Leaving Certificate Examination (including Day School Certificate (Higher) General paper), 1937
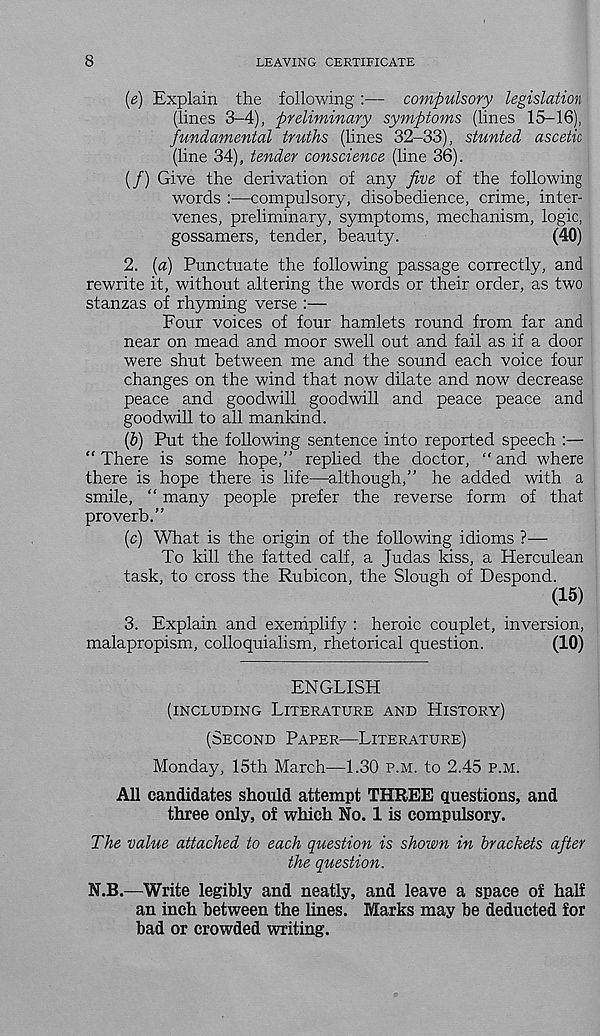
8
LEAVING CERTIFICATE
(e) Explain the following:— compulsory legislation
(lines 3-4), preliminary symptoms (lines 15-16),
fundamental truths (lines 32-33), stunted ascetic
(line 34), tender conscience (line 36).
(/) Give the derivation of any Jive of the following
words :—compulsory, disobedience, crime, inter-
venes, preliminary, symptoms, mechanism, logic,
gossamers, tender, beauty.
(40)
2. {a) Punctuate the following passage correctly, and
rewrite it, without altering the words or their order, as two
stanzas of rhyming verse :—
Four voices of four hamlets round from far and
near on mead and moor swell out and fail as if a door
were shut between me and the sound each voice four
changes on the wind that now dilate and now decrease
peace and goodwill goodwill and peace peace and
goodwill to all mankind.
(&) Put the following sentence into reported speech :—
“ There is some hope,” replied the doctor, “ and where
there is hope there is life—although,” he added with a
smile, “ many people prefer the reverse form of that
proverb.”
(c) What is the origin of the following idioms ?—
To kill the fatted calf, a Judas kiss, a Herculean
task, to cross the Rubicon, the Slough of Despond.
(15)
3. Explain and exemplify : heroic couplet, inversion,
malapropism, colloquialism, rhetorical question.
(10)
ENGLISH
(INCLUDING LITERATURE AND HISTORY)
(SECOND PAPER—LITERATURE)
Monday, 15th March—1.30 P.M. to 2.45 P.M.
All candidates should attempt THREE questions, and
three only, of which No. 1 is compulsory.
The value attached to each question is shown in brackets after
the question.
N.B.—Write legibly and neatly, and leave a space of half
an inch between the lines. Marks may be deducted for
bad or crowded writing.